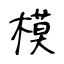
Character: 模